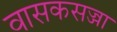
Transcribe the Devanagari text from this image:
वासकसज्जा